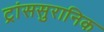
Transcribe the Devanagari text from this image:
ट्रांससुरानिक